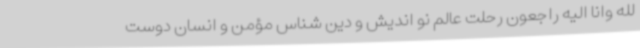
لله وانا الیه راجعون رحلت عالم نو اندیش و دین شناس مؤمن و انسان دوست